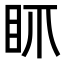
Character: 𥄚